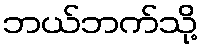
ဘယ်ဘက်သို့